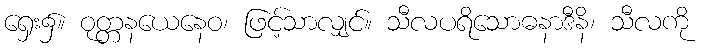
ရှေး၌။ ဝုတ္တနယေနေဝ၊ ဖြင့်သာလျှင်။ သီလပရိသောဓနာဒီနိ၊ သီလကို